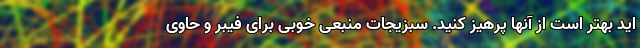
اید بهتر است از آنها پرهیز کنید. سبزیجات منبعی خوبی برای فیبر و حاوی